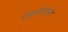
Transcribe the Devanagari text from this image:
ऍमबॅज़लमेंट